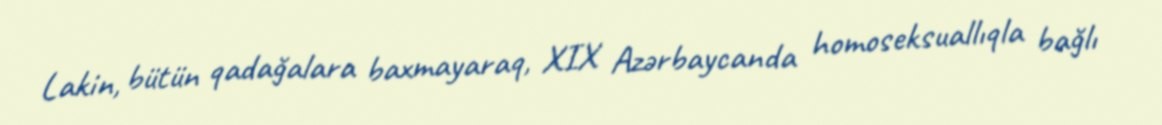
Lakin, bütün qadağalara baxmayaraq, XIX Azərbaycanda homoseksuallıqla bağlı